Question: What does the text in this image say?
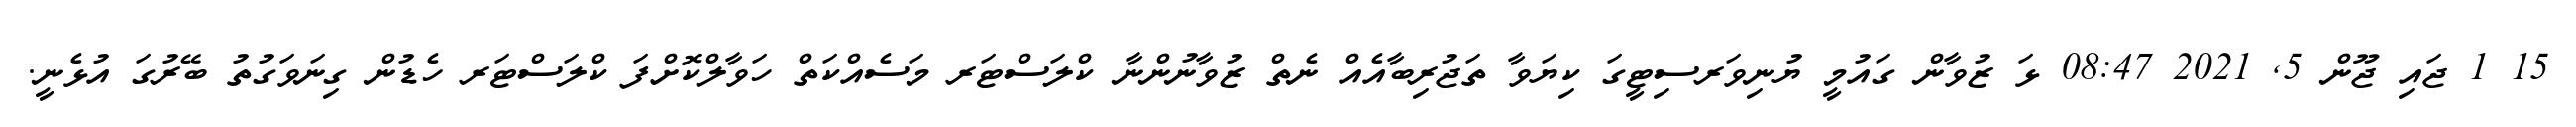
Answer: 15 1 ޖައި ޖޫން 5, 2021 08:47 ޅަ ޒުވާން ގައުމީ ޔުނިވަރސިޓީގަ ކިޔަވާ ތަޖުރިބާއެއް ނެތް ޒުވާނުންނާ ކްލަސްޓަރ މަސެއްކަތް ހަވާލްކޮށްފަ ކްލަސްޓަރ ހެޑުން ގިނަވަގުތު ބޭރުގަ އުޅެނީ.